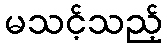
မသင့်သည့်